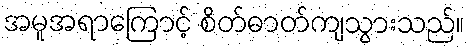
အမူအရာကြောင့် စိတ်ဓာတ်ကျသွားသည်။